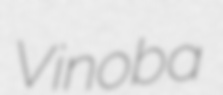
Vinoba